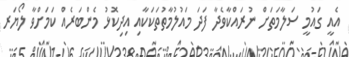
އެއީ ގައުމީ ސަލާމަތަށް ނުރައްކާވެދާ ފަދަ މައުލުމާތުތަކަކާއި އިދިކޮޅު މެންބަރެއް ކަމަށްވާ ލޯޔަރ